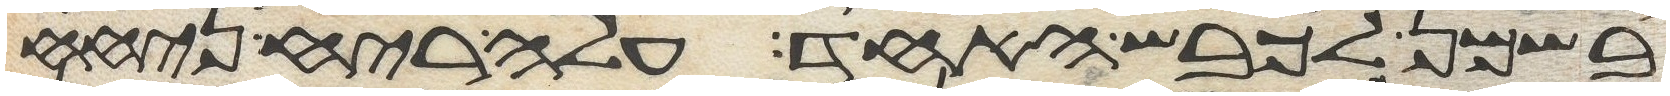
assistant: בשמן לכבש האחד עלה ריח ניחח